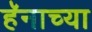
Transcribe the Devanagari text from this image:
हॅनाच्या